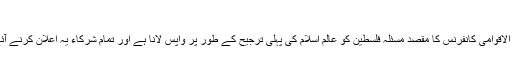
21 Feb 2017 19:12سب تہران میں فلسطین کیلئے
تہران میں منعقدہ انتفاضہ فلسطین کی حمایت میں چھٹی بین الاقوامی کانفرنس کا مقصد مسئلہ فلسطین کو عالم اسلام کی پہلی ترجیح کے طور پر واپس لانا ہے اور تمام شرکاء یہ اعلان کرنے آئے ہیں کہ فلسطین عالم اسلام کے قلب کی حیثیت رکھتا ہے۔